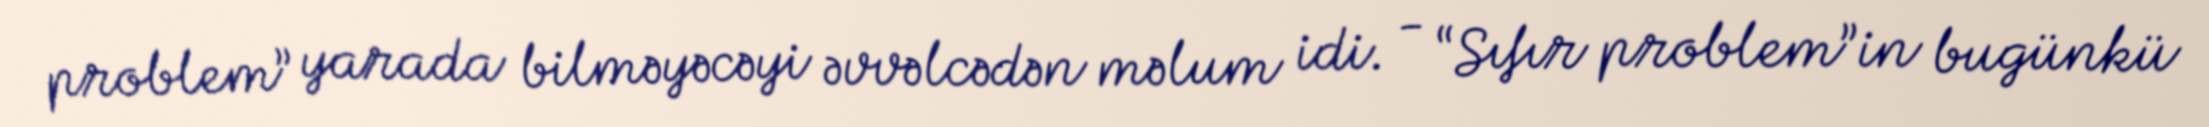
problem” yarada bilməyəcəyi əvvəlcədən məlum idi. - “Sıfır problem”in bugünkü